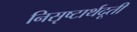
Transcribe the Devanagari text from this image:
निसृष्टार्थदूती